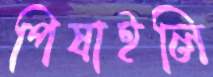
পিষাইলি